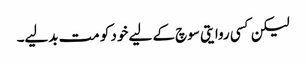
لیکن کسی روایتی سوچ کے لیے خود کو مت بدلیے۔